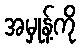
အမှုန့်ကို